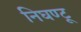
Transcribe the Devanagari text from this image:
निघण्टू